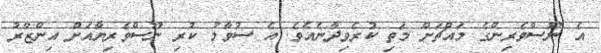
އެ ނޫސްވެރިންގެ މައްޗަށް މަތި ކުރެވިދާނެއެވެ. އެ ސުވާލު ކުރި ނޫސްވެރިޔާއަށް އިންޒާރު